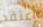
أعتقد